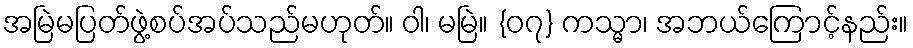
အမြဲမပြတ်ဖွဲ့စပ်အပ်သည်မဟုတ်။ ဝါ၊ မမြဲ။ {၀၇} ကသ္မာ၊ အဘယ်ကြောင့်နည်း။